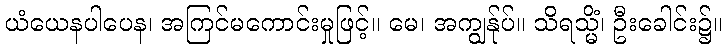
ယံယေနပါပေန၊ အကြင်မကောင်းမှုဖြင့်။ မေ၊ အကျွန်ုပ်။ သိရသ္မိံ၊ ဦးခေါင်း၌။